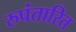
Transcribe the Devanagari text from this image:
रुपंतारित